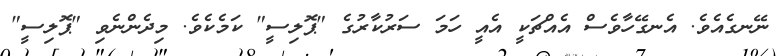
ނޭނގެއެވެ. އެނގޭހާވެސް އެއްޗަކީ އެއީ ހަމަ ސަރުކާރުގެ "ޕޮލިސީ" ކަމެކެވެ. މިދެންނެވި "ޕޮލިސީ"